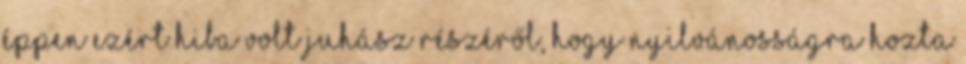
éppen ezért hiba volt Juhász részéről, hogy nyilvánosságra hoz­ta